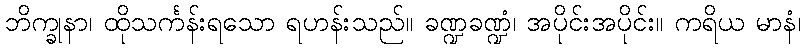
ဘိက္ခုနာ၊ ထိုသင်္ကန်းရသော ရဟန်းသည်။ ခဏ္ဍခဏ္ဍံ၊ အပိုင်းအပိုင်း။ ကရိယ မာနံ၊